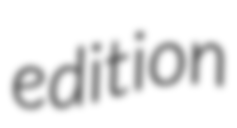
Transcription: edition